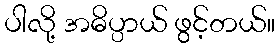
ပါလို့ အဓိပ္ပာယ် ဖွင့်တယ်။